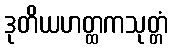
ဒုတိယဟတ္ထကသုတ္တံ